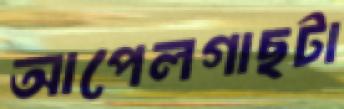
আপেলগাছটা